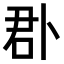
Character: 𠧬